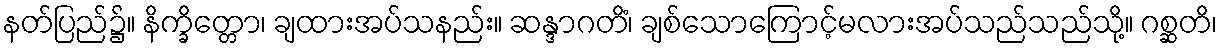
နတ်ပြည်၌။ နိက္ခိတ္တော၊ ချထားအပ်သနည်း။ ဆန္ဒာဂတိံ၊ ချစ်သောကြောင့်မလားအပ်သည်သည်သို့။ ဂစ္ဆတိ၊